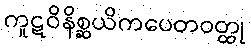
ကူဋဝိနိစ္ဆယိကပေတဝတ္ထု